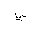
Letter: _ya